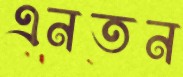
এনতন